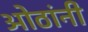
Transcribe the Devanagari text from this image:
ओठांनी